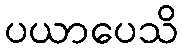
ပယာပေသိ